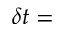
\delta t =